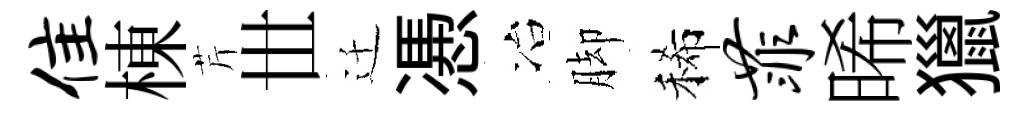
隹棟芹𠀍迁慿冶脚稀菲晞獵